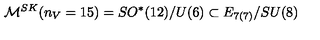
{ \cal M } ^ { S K } ( n _ { V } = 1 5 ) = S O ^ { * } ( 1 2 ) / U ( 6 ) \subset E _ { 7 ( 7 ) } / S U ( 8 )